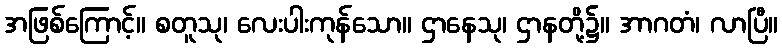
အဖြစ်ကြောင့်။ စတူသု၊ လေးပါးကုန်သော။ ဌာနေသု၊ ဌာနတို့၌။ အာဂတံ၊ လာပြီ။